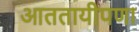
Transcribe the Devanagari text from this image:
आततायीपणा